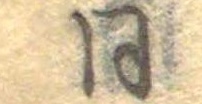
同